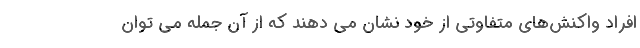
افراد واکنش‌های متفاوتی از خود نشان می دهند که از آن جمله می توان